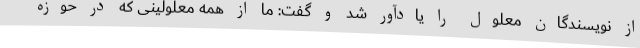
از نویسندگان معلول را یادآور شد و گفت: ما از همه معلولینی که در حوزه